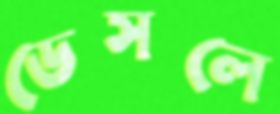
ডেসলে